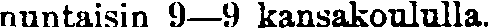
nuntaisin 9—9 kansakoululla.